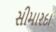
સીમારદા